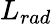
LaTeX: L_{rad}